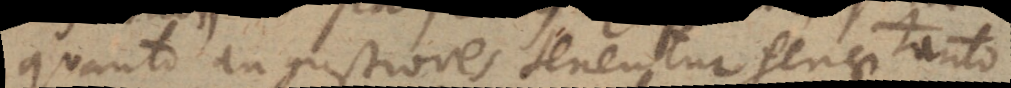
quanto angustiores tenentur genae tanto